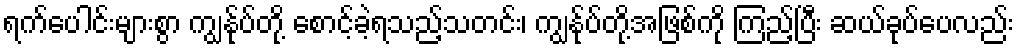
ရက်ပေါင်းများစွာ ကျွန်ုပ်တို့ စောင့်ခဲ့ရသည့်သတင်း၊ ကျွန်ုပ်တို့အဖြစ်ကို ကြည့်ပြီး ဆယ်ခုပ်ပေလည်း